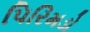
પિરિમડો